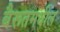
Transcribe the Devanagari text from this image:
बैरूतमधील